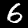
Label: 6